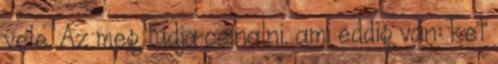
vele. Az meg tudja csinalni. ami eddig van: ket